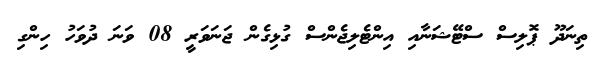
ތިނަދޫ ޕޮލިސް ސްޓޭޝަނާއި އިންޓެލިޖެންސް ގުޅިގެން ޖަނަވަރީ 08 ވަނަ ދުވަހު ހިންގި